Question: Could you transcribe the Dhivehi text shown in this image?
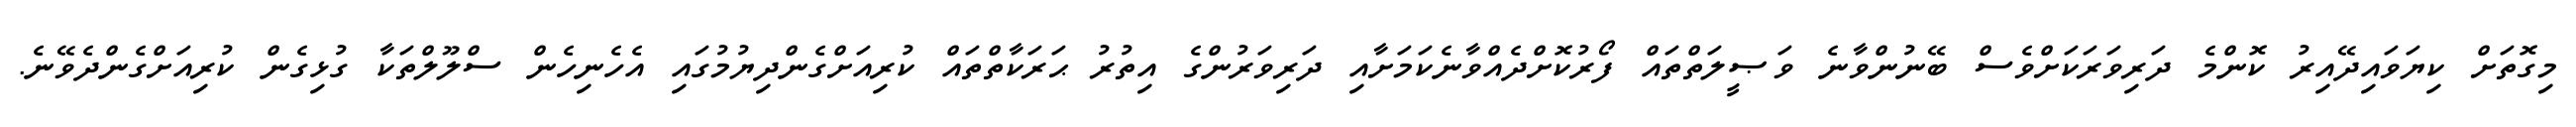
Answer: މިގޮތަށް ކިޔަވައިދޭއިރު ކޮންމެ ދަރިވަރަކަށްވެސް ބޭނުންވާނެ ވަޞީލަތްތައް ފޯރުކޮށްދެއްވާނެކަމަށާއި ދަރިވަރުންގެ އިތުރު ޙަރަކާތްތައް ކުރިއަށްގެންދިޔުމުގައި އެހެނިހެން ސްލޫލްތަކާ ގުޅިގެން ކުރިއަށްގެންދެވޭނެ.